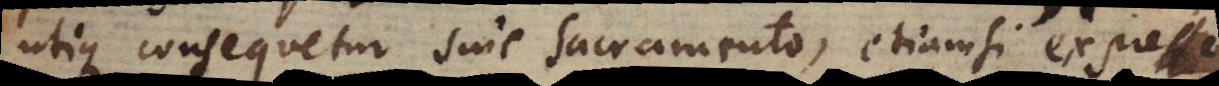
utique consequetur sine sacramento, etiamsi expresse